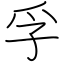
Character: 孚